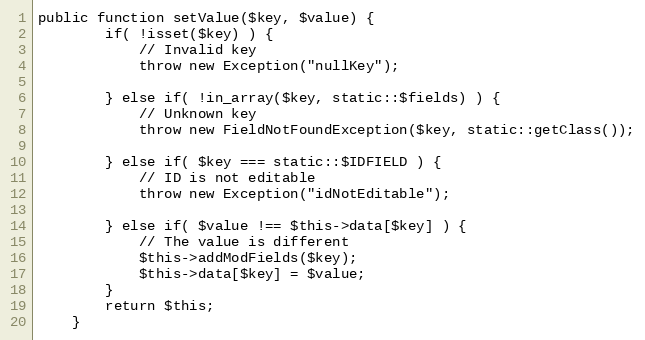
Language: PHP
public function setValue($key, $value) {
		if( !isset($key) ) {
			// Invalid key
			throw new Exception("nullKey");

		} else if( !in_array($key, static::$fields) ) {
			// Unknown key
			throw new FieldNotFoundException($key, static::getClass());

		} else if( $key === static::$IDFIELD ) {
			// ID is not editable
			throw new Exception("idNotEditable");

		} else if( $value !== $this->data[$key] ) {
			// The value is different
			$this->addModFields($key);
			$this->data[$key] = $value;
		}
		return $this;
	}